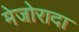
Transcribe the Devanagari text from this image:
मेजोरादा